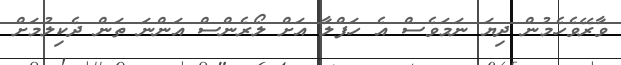
ވާރޭވެހެމުން ދިޔަ ނަމަވެސް އެ ހަފްލާ އަށް ލޯރެންސް އަންނަ ތަން ދެކިލުމަށް